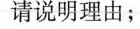
请说明理由；